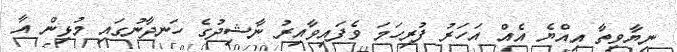
ނިޔާވިތާ އިއްޔެ އެއް އަހަރު ފުރިހަމަ ވެފައިވާއިރު ނާޝިދުގެ ހަނދާނުގައި މުޅިން އާ